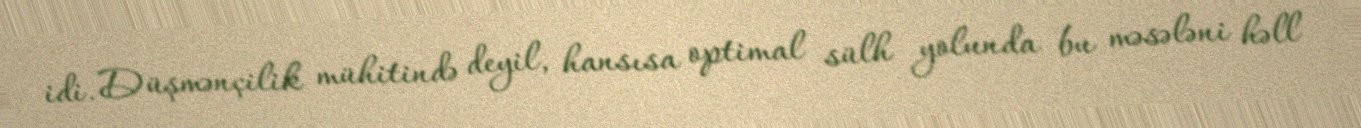
idi. Düşmənçilik mühitində deyil, hansısa optimal sülh yolunda bu məsələni həll